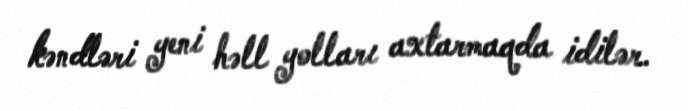
kəndləri yeni həll yolları axtarmaqda idilər.